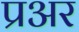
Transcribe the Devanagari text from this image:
प्रअर